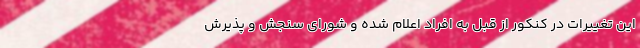
این تغییرات در کنکور از قبل به افراد اعلام شده و شورای سنجش و پذیرش